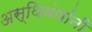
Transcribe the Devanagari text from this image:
अस्थिबंधांनी